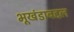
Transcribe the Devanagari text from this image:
भूखंडाबद्दल